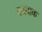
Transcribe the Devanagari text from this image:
मजदाक